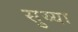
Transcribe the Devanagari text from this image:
सुय्या